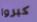
كبروا